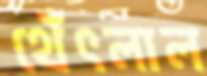
থেঁৎলাল